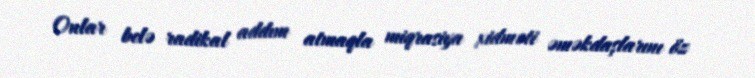
Onlar belə radikal addım atmaqla miqrasiya xidməti əməkdaşlarını öz